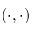
( \cdot , \cdot )